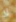
لا